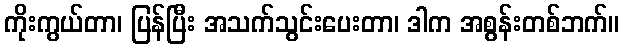
ကိုးကွယ်တာ၊ ပြန်ပြီး အသက်သွင်းပေးတာ၊ ဒါက အစွန်းတစ်ဘက်။